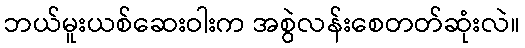
ဘယ်မူးယစ်ဆေးဝါးက အစွဲလန်းစေတတ်ဆုံးလဲ။